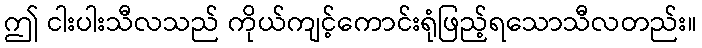
ဤ ငါးပါးသီလသည် ကိုယ်ကျင့်ကောင်းရုံဖြည့်ရသောသီလတည်း။